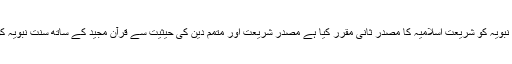
اجماع وقیاس کی حجیت کے لیے بھی اسی سے استدلال کیا جاتا ہے ،اور اسی نے سنت نبویہ کو شریعت ِاسلامیہ کا مصدرِ ثانی مقرر کیا ہے مصدر شریعت اور متمم دین کی حیثیت سے قرآن مجید کے ساتھ سنت نبویہ کوقبول کرنےکی تاکید وتوثیق کے لیے قرآن مجید میں بے شمار قطعی دلائل موجود ہیں۔